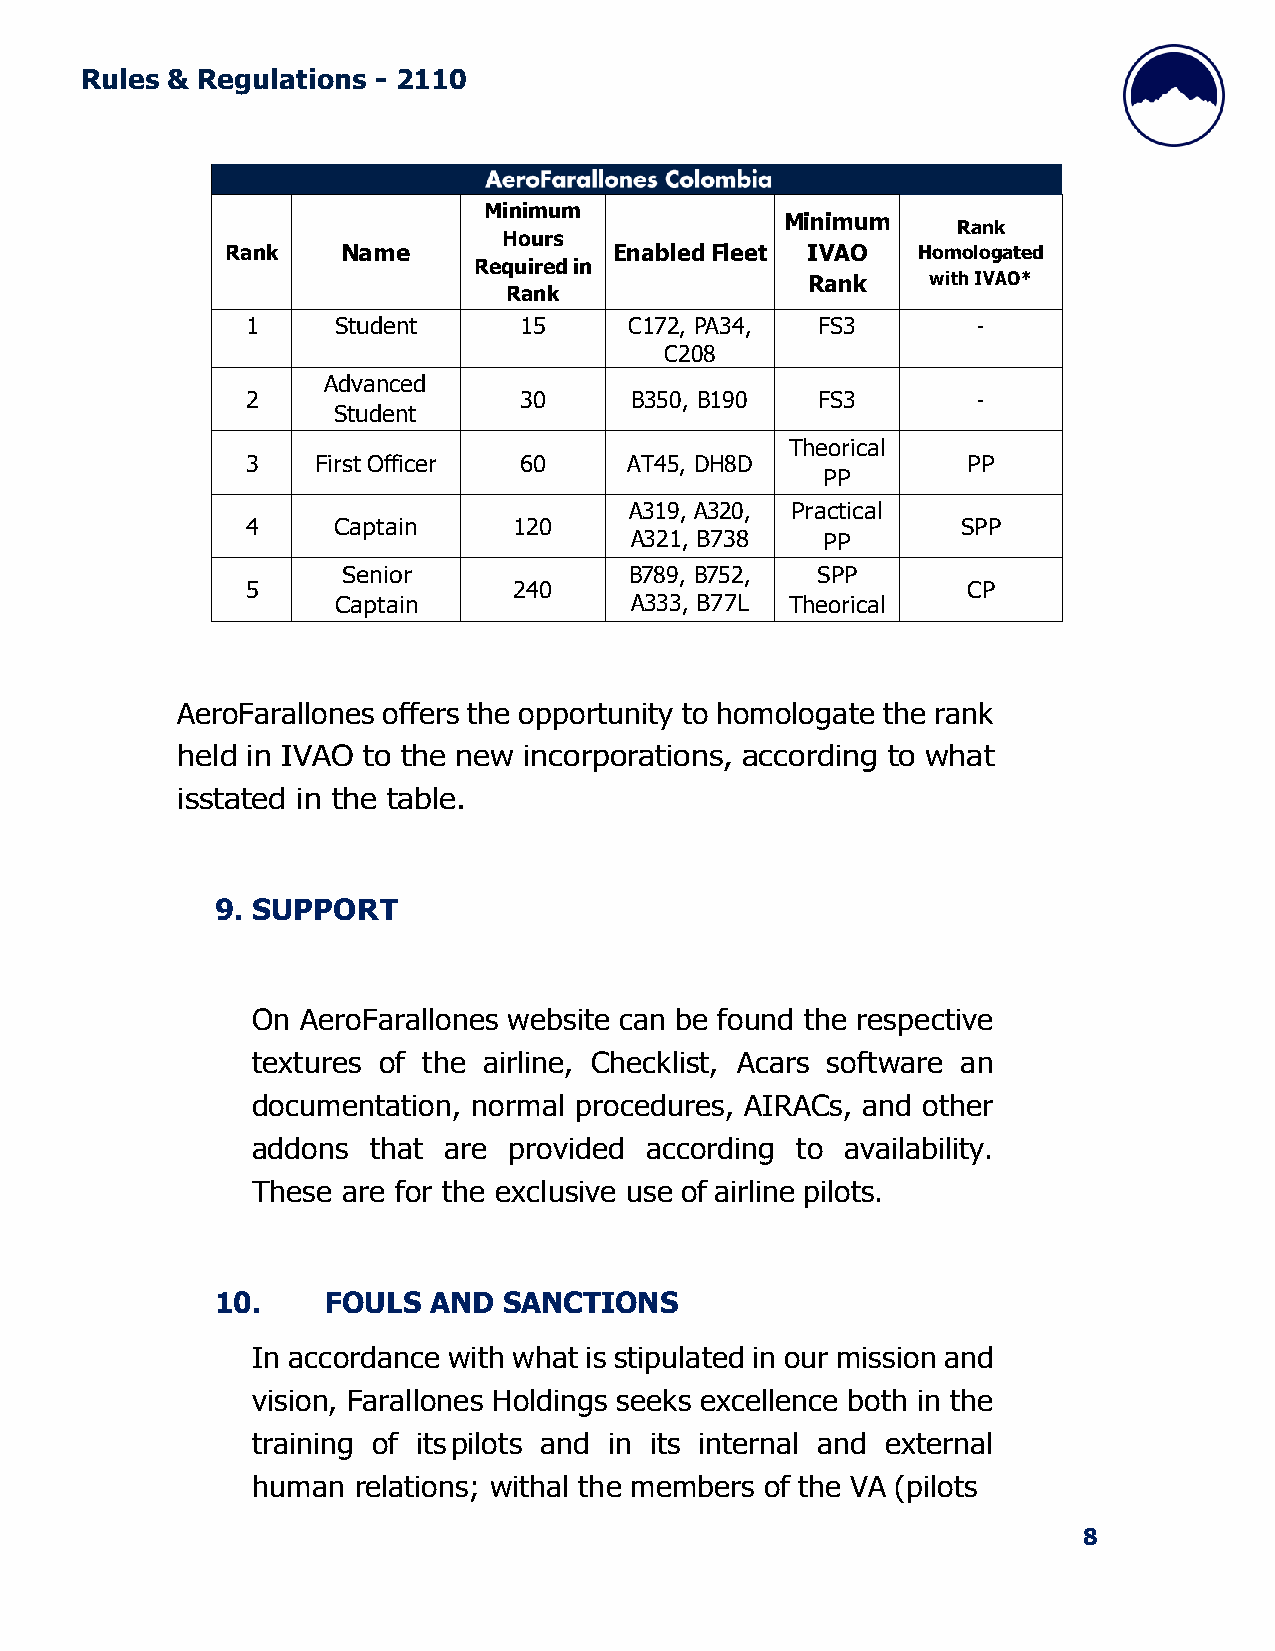
Rules & Regulations - 2110
 Minimum
 Minimum
 Rank
 Hours
 Rank    Name              Enabled Fleet IVAO  Homologated
 Required in
 Rank     with IVAO*
 Rank
 1     Student     15      C172, PA34, FS3        -
 C208
 Advanced
 2                 30      B350, B190  FS3        -
 Student
 Theorical
 3    First Officer 60     AT45, DH8D            PP
 PP
 A319, A320, Practical
 4     Captain     120                           SPP
 A321, B738   PP
 Senior             B789, B752, SPP
 5                 240                           CP
 Captain             A333, B77L Theorical
 AeroFarallones offers the opportunity to homologate the rank
 held in IVAO to the new incorporations, according to what
 is stated in the table.
 9. SUPPORT
 On AeroFarallones website can be found the respective
 textures of the airline, Checklist, Acars software an
 documentation, normal procedures, AIRACs, and other
 addons that are  provided according to availability.
 These are for the exclusive use of airline pilots.
 10.    FOULS  AND  SANCTIONS
 In accordance with what is stipulated in our mission and
 vision, Farallones Holdings seeks excellence both in the
 training of its pilots and in its internal and external
 human relations; withal the members of the VA (pilots
 8